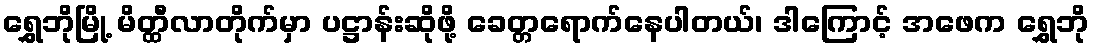
ရွှေဘိုမြို့ မိတ္ထီလာတိုက်မှာ ပဋ္ဌာန်းဆိုဖို့ ခေတ္တရောက်နေပါတယ်၊ ဒါကြောင့် အဖေက ရွှေဘို